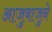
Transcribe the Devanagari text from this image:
आजुबाजुने